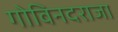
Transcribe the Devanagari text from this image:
गोविनदराजा